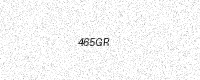
Text: 465GR